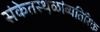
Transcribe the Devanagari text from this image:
संकेतस्थ़ळांव्यतिरिक्त